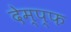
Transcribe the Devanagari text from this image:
देम्प्फ